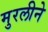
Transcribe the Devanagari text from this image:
मुरलीने